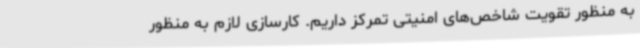
به منظور تقویت شاخص‌های امنیتی تمرکز داریم. کارسازی لازم به منظور